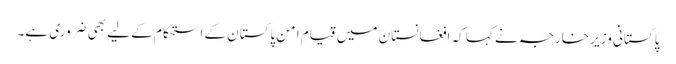
پاکستانی وزیر خارجہ نے کہا کہ افغانستان میں قیامِ امن پاکستان کے استحکام کے لیے بھی ضروری ہے۔